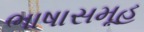
ભાષાસમૂહ